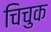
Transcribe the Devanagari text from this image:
चिचुक